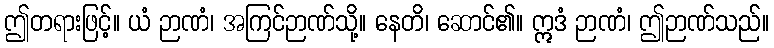
ဤတရားဖြင့်။ ယံ ဉာဏံ၊ အကြင်ဉာဏ်သို့။ နေတိ၊ ဆောင်၏။ ဣဒံ ဉာဏံ၊ ဤဉာဏ်သည်။